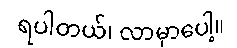
ရပါတယ်၊ လာမှာပေါ့။